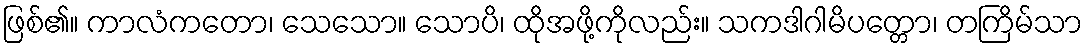
ဖြစ်၏။ ကာလံကတော၊ သေသော။ သောပိ၊ ထိုအဖို့ကိုလည်း။ သကဒါဂါမိပတ္တော၊ တကြိမ်သာ